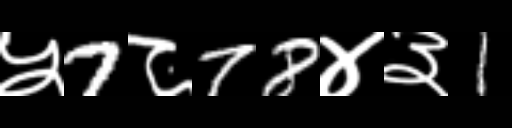
Text: ५7८78४३1